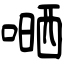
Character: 嗮